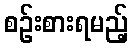
စဉ်းစားရမည့်